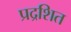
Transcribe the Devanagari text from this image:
प्रद्रशित